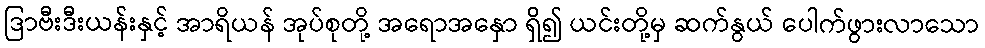
ဒြာဗီးဒီးယန်းနှင့် အာရိယန် အုပ်စုတို့ အရောအနှော ရှိ၍ ယင်းတို့မှ ဆက်နွယ် ပေါက်ဖွားလာသော